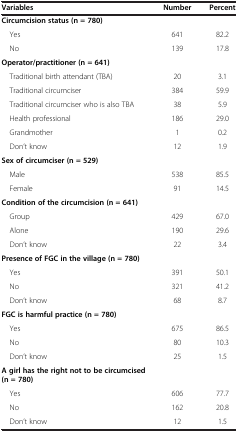
<table><thead><tr><td><b>Variables</b></td><td><b>Number</b></td><td><b>Percent</b></td></tr></thead><tbody><tr><td><b>Circumcision status (n = 780)</b></td><td> </td><td> </td></tr><tr><td> Yes</td><td>641</td><td>82.2</td></tr><tr><td> No</td><td>139</td><td>17.8</td></tr><tr><td><b>Operator/practitioner (n = 641)</b></td><td> </td><td> </td></tr><tr><td> Traditional birth attendant (TBA)</td><td>20</td><td>3.1</td></tr><tr><td> Traditional circumciser</td><td>384</td><td>59.9</td></tr><tr><td> Traditional circumciser who is also TBA</td><td>38</td><td>5.9</td></tr><tr><td> Health professional</td><td>186</td><td>29.0</td></tr><tr><td> Grandmother</td><td>1</td><td>0.2</td></tr><tr><td> Don’t know</td><td>12</td><td>1.9</td></tr><tr><td><b>Sex of circumciser (n = 529)</b></td><td> </td><td> </td></tr><tr><td> Male</td><td>538</td><td>85.5</td></tr><tr><td> Female</td><td>91</td><td>14.5</td></tr><tr><td><b>Condition of the circumcision (n = 641)</b></td><td> </td><td> </td></tr><tr><td> Group</td><td>429</td><td>67.0</td></tr><tr><td> Alone</td><td>190</td><td>29.6</td></tr><tr><td> Don’t know</td><td>22</td><td>3.4</td></tr><tr><td><b>Presence of FGC in the village (n = 780)</b></td><td> </td><td> </td></tr><tr><td> Yes</td><td>391</td><td>50.1</td></tr><tr><td> No</td><td>321</td><td>41.2</td></tr><tr><td> Don’t know</td><td>68</td><td>8.7</td></tr><tr><td><b>FGC is harmful practice (n = 780)</b></td><td> </td><td> </td></tr><tr><td> Yes</td><td>675</td><td>86.5</td></tr><tr><td> No</td><td>80</td><td>10.3</td></tr><tr><td> Don’t know</td><td>25</td><td>1.5</td></tr><tr><td><b>A girl has the right not to be circumcised (n = 780)</b></td><td> </td><td> </td></tr><tr><td> Yes</td><td>606</td><td>77.7</td></tr><tr><td> No</td><td>162</td><td>20.8</td></tr><tr><td> Don’t know</td><td>12</td><td>1.5</td></tr></tbody></table>